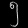
Digit: ၅